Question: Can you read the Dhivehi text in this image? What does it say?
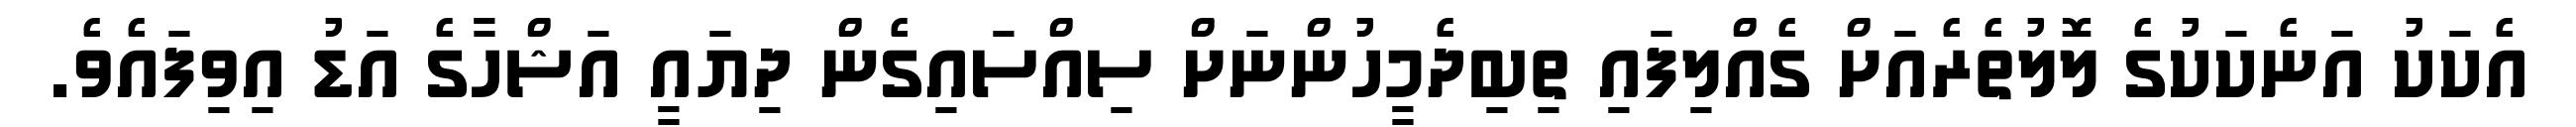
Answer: އެކަކު އަނެކަކުގެ ލޮލުތެރެއަށް ގެއްލިފައި ތިބިދެމީހުންނަށް ސިއްސައިގެން ދިޔައީ އަޝްހާގެ އަޑު އިވިފައެވެ.